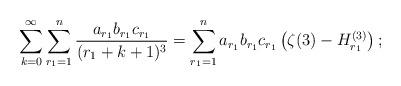
LaTeX: \begin{align*}\sum_{k=0}^{\infty}\sum_{r_1=1}^{n}\frac{a_{r_1}b_{r_1}c_{r_1}}{(r_1+k+1)^3} = \sum_{r_1=1}^{n}a_{r_1}b_{r_1}c_{r_1}\left(\zeta(3)-H^{(3)}_{r_1}\right);\end{align*}